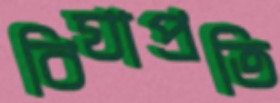
বিঘাপ্রতি